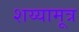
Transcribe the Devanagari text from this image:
शय्यामूत्र